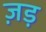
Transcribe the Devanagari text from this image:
ज़ड़